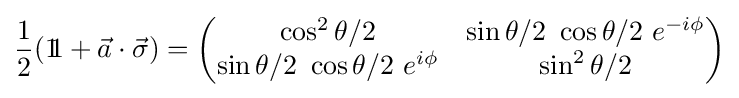
{\frac {1}{2}}(1\!\!1+{\vec {a}}\cdot {\vec {\sigma }})={\begin{pmatrix}\cos ^{2}\theta /2&\sin \theta /2~\cos \theta /2~e^{-i\phi }\\\sin \theta /2~\cos \theta /2~e^{i\phi }&\sin ^{2}\theta /2\end{pmatrix}}